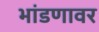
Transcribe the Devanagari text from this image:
भांडणावर